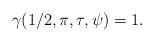
LaTeX: \begin{align*}\gamma(1/2,\pi,\tau,\psi)=1.\end{align*}